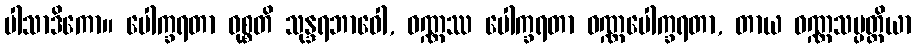
ပါသာဒိကော။ ပေါက္ခရတာ ဝုစ္စတိ သုန္ဒရဘာဝေါ, ဝဏ္ဏဿ ပေါက္ခရတာ ဝဏ္ဏပေါက္ခရတာ, တာယ ဝဏ္ဏသမ္ပတ္တိယာ